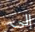
إلى